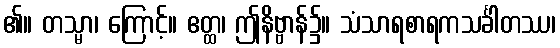
၏။ တသ္မာ၊ ကြောင့်။ ဧတ္ထ၊ ဤနိဗ္ဗာန်၌။ သံသာရစာရကသင်္ခါတဿ၊